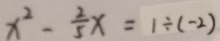
x ^ { 2 } - \frac { 2 } { 5 } x = 1 \div ( - 2 )